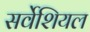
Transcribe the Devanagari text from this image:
सर्वेशियल